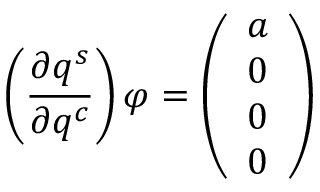
\left( \frac { \partial q ^ { s } } { \partial q ^ { c } } \right) \varphi = \left( \begin{array} { l } { a } \\ { 0 } \\ { 0 } \\ { 0 } \end{array} \right)